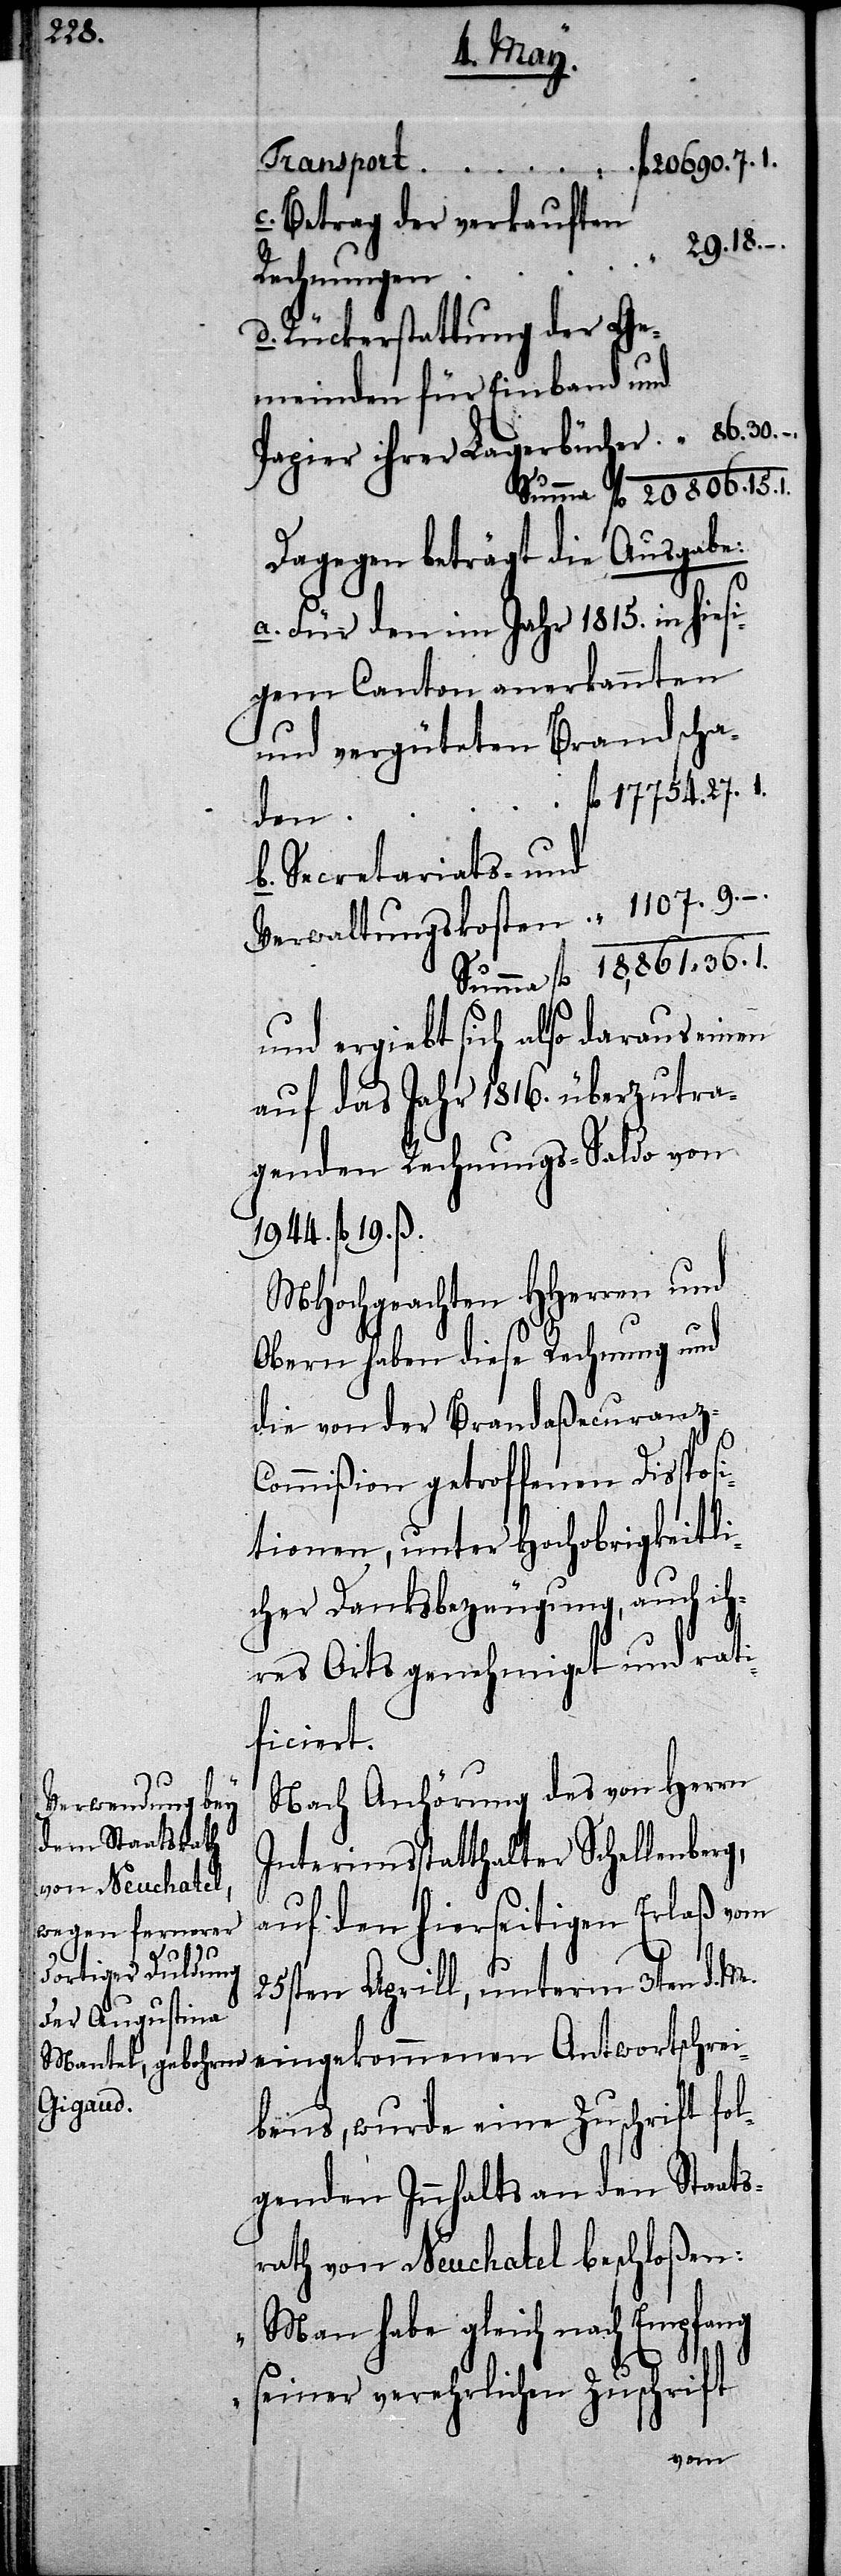
c.

Betrag der verkauften
29.18.–.
d.
Rechnungen
Rückerstattung der Ge¬
meinden für Einband und
Dagegen beträgt die Ausgabe:
a. Für den im Jahr 1815. in hies¬
igem Canton anerkannten
und vergüteten Brandscha¬
den
b. Secretariats- und
und ergiebt sich also daraus einen
auf das Jahr 1816. überzutra¬
genden Rechnungs-Saldo von
1944. fl 19. ß.
MHochgeachten HHerren und
Obern haben diese Rechnung und
die von der Brandaßecuranz-C¬
ommißion getroffenen Disposi¬
tionen, unter Hochobrigkeitli¬
cher Danksbezeugung, auch ih¬
res Orts genehmiget und rati¬
ficiert.
Nach Anhörung des von Herrn
Interimsstatthalter Schellenberg,
auf den hierseitigen Erlaß vom
25sten Aprill, unterm 3ten d. M.
eingekommenen Antwortschrei¬
bens, wurde eine Zuschrift fol¬
genden Innhalts an den Staats¬
rath von Neuchatel beschloßen:
„Man habe gleich nach Empfang
seiner verehrlichen Zuschrift